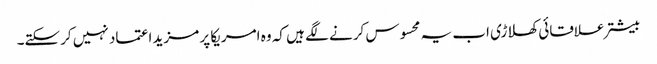
بیشتر علاقائی کھلاڑی اب یہ محسوس کرنے لگے ہیں کہ وہ امریکا پر مزید اعتماد نہیں کرسکتے۔